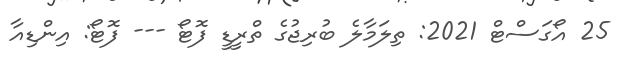
25 އޯގަސްޓް 2021: ތިލަމާލެ ބުރިޖުގެ ތްރީޑީ ފޮޓޯ --- ފޮޓޯ: އިންޑިއާ